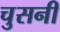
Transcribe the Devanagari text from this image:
चुसनी